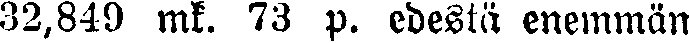
32,849 mk. 73 p. edestä enemmän